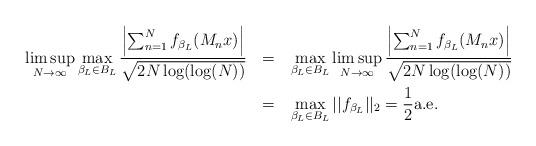
LaTeX: \begin{align*}\begin{aligned} \limsup_{N\to\infty}\max_{\beta_L\in B_L}\frac{\left|\sum_{n=1}^Nf_{\beta_{L}}(M_nx)\right|}{\sqrt{2N\log(\log(N))}} \:\:\: & = \:\:\: \max_{\beta_L\in B_L}\limsup_{N\to\infty}\frac{\left|\sum_{n=1}^Nf_{\beta_{L}}(M_nx)\right|}{\sqrt{2N\log(\log(N))}}\\ & = \:\:\: \max_{\beta_L\in B_L}||f_{\beta_L}||_2=\frac{1}{2} \textnormal{a.e.}\end{aligned}\end{align*}